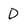
Character: D